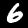
Digit: 6